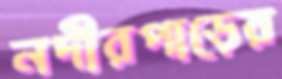
নদীরপাড়ের